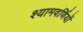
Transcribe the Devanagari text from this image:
श्यामवर्णियों